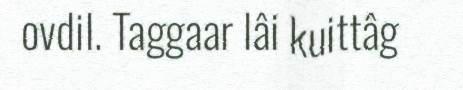
ovdil. Taggaar lâi kuittâg